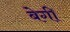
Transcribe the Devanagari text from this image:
बेगी